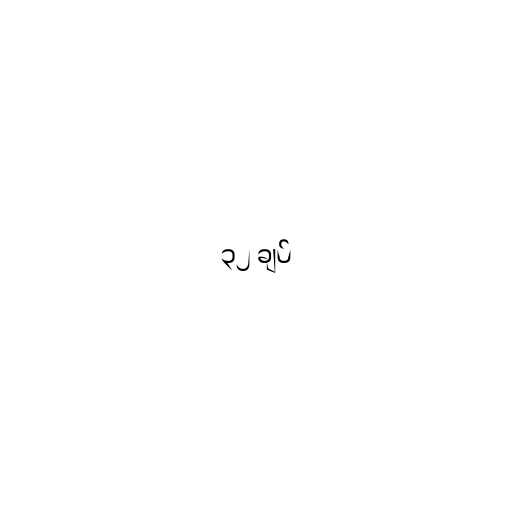
၃၂ ချပ်